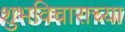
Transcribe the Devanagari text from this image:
शुभविचाराच्या